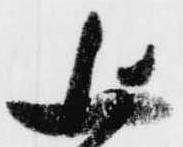
上